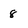
Character: 8